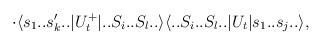
LaTeX: \begin{align*}\cdot \langle s_1..s'_k..|U^+_t|..S_i..S_l..\rangle \langle ..S_i..S_l..|U_t |s_1..s_j..\rangle,\end{align*}